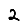
Digit: 2